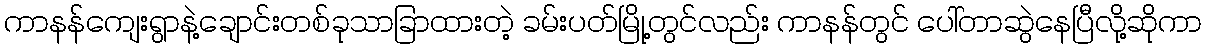
ကာနန်ကျေးရွာနဲ့ချောင်းတစ်ခုသာခြာထားတဲ့ ခမ်းပတ်မြို့တွင်လည်း ကာနန်တွင် ပေါ်တာဆွဲနေပြီလို့ဆိုကာ